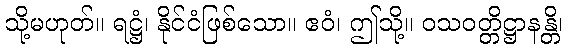
သို့မဟုတ်။ ရဋ္ဌံ၊ နိုင်ငံဖြစ်သော။ ဧဝံ၊ ဤသို့။ ဝသဝတ္တိဋ္ဌာနန္တိ၊